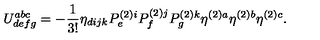
U _ { d e f g } ^ { a b c } = - \frac { 1 } { 3 ! } \eta _ { d i j k } P _ { e } ^ { ( 2 ) i } P _ { f } ^ { ( 2 ) j } P _ { g } ^ { ( 2 ) k } \eta ^ { ( 2 ) a } \eta ^ { ( 2 ) b } \eta ^ { ( 2 ) c } .